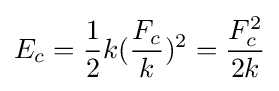
E_{c}={\frac {1}{2}}k({\frac {F_{c}}{k}})^{2}={\frac {F_{c}^{2}}{2k}}